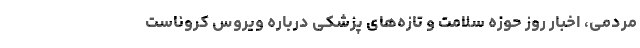
مردمی، اخبار روز حوزه سلامت و تازه‌های پزشکی درباره ویروس کروناست